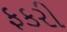
ફકરી